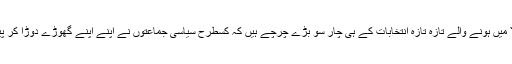
خیر چھوڑیں سب باتوں کو آجکل تو ملک کے ایوان بالا میں ہونے والے تازہ تازہ انتخابات کے ہی چار سو بڑے چرچے ہیں کہ کسطرح سیاسی جماعتوں نے اپنے اپنے گھوڑے دوڑا کر پیسوں کی بوریوں کے منہ کھول کر ہارس ٹریڈنگ کی۔